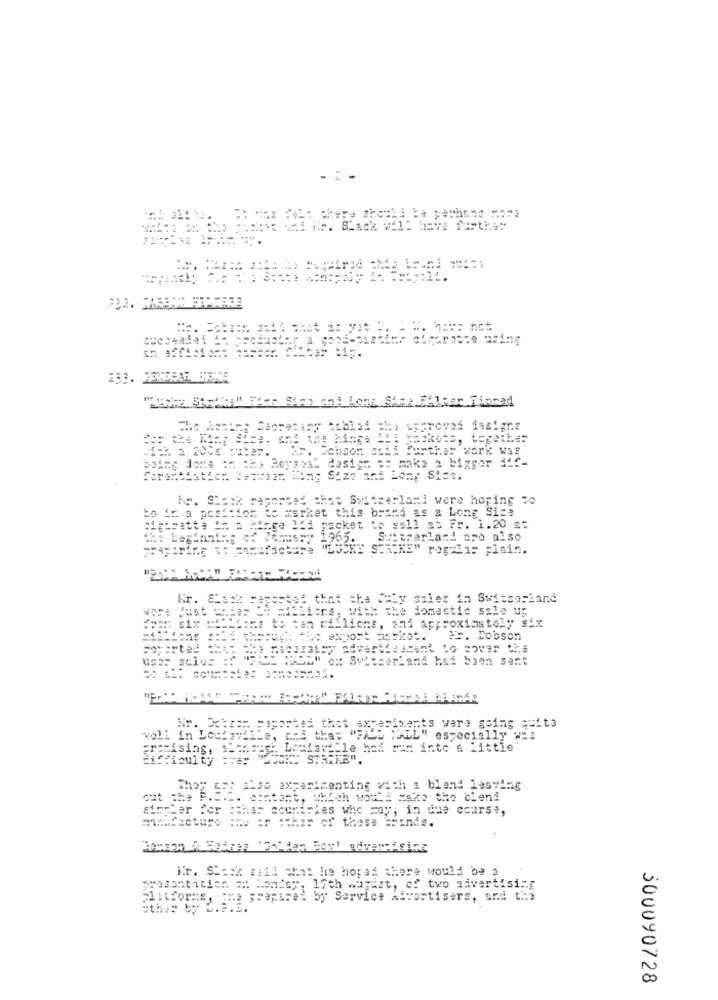
-= -
No. Cobren satt chat as yat are We have not
"ONT Street" Tre Ben and Long Sak Filter Finned
To Assim; Secretary tablas cho Approved insigne
for the Map Size, and was himgs All packets, together
== % a 200s ciber.
Dobson ssii further work Was
Doing done :n che Roysos- d
:" dasien to make a biggor itf-
Foranthatich bezwaar King Size and Long Sice.
kg. Stock reported that Switzerland were hoping 50
bo ic a position te market this brand as a Long Sice
Sigosatte in a hinge 1'i packet Le soll st Fr. 1.20 g=
: venusry 1965. S.itzerland are also
STRIKE" rogilas plain.
Kr. Each reported that the July sales in Switzerland
with the domestic ssle up
lions, and approximately six
.L. Dobson
Habe necessary advertirucant to cover the
FALL (HOM" ox Switzerland had bien sant
Wir. Ectzam soportes thet experiments were going quito
woll in Louisville,
ped that "FALL "ALL" especially Was
promising, I'mhaas' Lemisiille has run into a little
difficulty aver "LOOK" STRAFE".
thog cop mise axperimenting with a blend leaving
out the P.C.I. contant, which would make the blend
simpler Por sches ccentries whe Hay, in due course,
mamfacture aww or other of these brands.
ifr. Stack will chat he hoped there would be a
prosontities =" Monday, 17th August, of two advertising
is prepared by Service Advertisers, and the
other by L.3.3
300090728